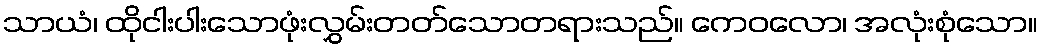
သာယံ၊ ထိုငါးပါးသောဖုံးလွှမ်းတတ်သောတရားသည်။ ကေဝလော၊ အလုံးစုံသော။